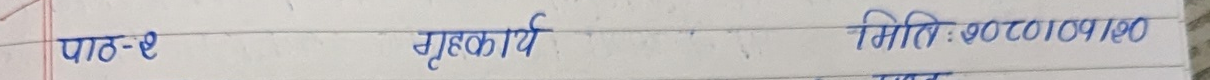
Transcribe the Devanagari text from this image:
पाठ-२ गृहकार्य मिति:२०८०